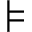
\models